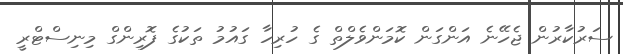
ސަރުކާރުން ޖެހޭނެ އަންގަން ކޮމަންވެލްތް ގެ ހުރިހާ ގައުމު ތަކުގެ ފޮރިންގް މިނިސްޓްރީ